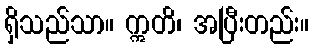
ရှိသည်သာ။ ဣတိ၊ အပြီးတည်း။